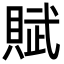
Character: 賦